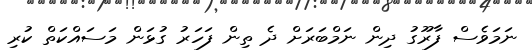
ނަމަވެސް ފާރޫގު ދިން ނަމްބަރަށް ދެ ތިން ފަހަރު ގުޅަން މަސައްކަތް ކުރި